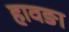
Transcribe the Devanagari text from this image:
हावङा